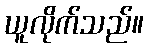
ယူလိုက်သည်။